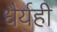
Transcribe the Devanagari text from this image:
धैर्यही